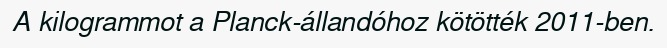
A kilogrammot a Planck-állandóhoz kötötték 2011-ben.